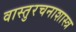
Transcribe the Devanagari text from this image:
वास्तुरचनाशास्त्र